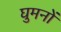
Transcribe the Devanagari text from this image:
घुमनों